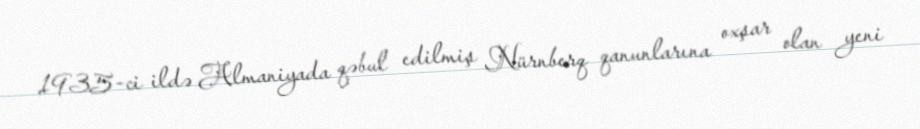
1935-ci ildə Almaniyada qəbul edilmiş Nürnberq qanunlarına oxşar olan yeni